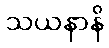
သယနာနိ